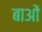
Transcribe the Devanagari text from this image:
बाओं